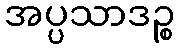
အပ္ပသာဒဉ္စ